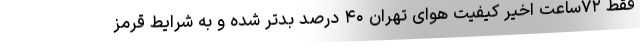
فقط ۷۲ساعت اخیر کیفیت هوای تهران ۴۰ درصد بدتر شده و به شرایط قرمز